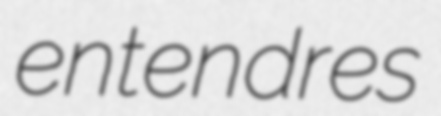
entendres